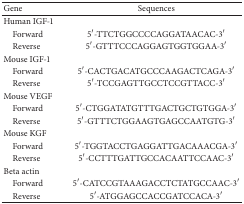
<table><thead><tr><td><b>Gene</b></td><td><b>Sequences</b></td></tr></thead><tbody><tr><td>Human IGF-1</td><td> </td></tr><tr><td> Forward</td><td>5′-TTCTGGCCCCAGGATAACAC-3′</td></tr><tr><td> Reverse</td><td>5′-GTTTCCCAGGAGTGGTGGAA-3′</td></tr><tr><td>Mouse IGF-1</td><td> </td></tr><tr><td> Forward</td><td>5′-CACTGACATGCCCAAGACTCAGA-3′</td></tr><tr><td> Reverse</td><td>5′-TCCGAGTTGCCTCCGTTACC-3′</td></tr><tr><td>Mouse VEGF</td><td> </td></tr><tr><td> Forward</td><td>5′-CTGGATATGTTTGACTGCTGTGGA-3′</td></tr><tr><td> Reverse</td><td>5′-GTTTCTGGAAGTGAGCCAATGTG-3′</td></tr><tr><td>Mouse KGF</td><td> </td></tr><tr><td> Forward</td><td>5′-TGGTACCTGAGGATTGACAAACGA-3′</td></tr><tr><td> Reverse</td><td>5′-CCTTTGATTGCCACAATTCCAAC-3′</td></tr><tr><td>Beta actin</td><td> </td></tr><tr><td> Forward</td><td>5′-CATCCGTAAAGACCTCTATGCCAAC-3′</td></tr><tr><td> Reverse</td><td>5′-ATGGAGCCACCGATCCACA-3′</td></tr></tbody></table>